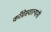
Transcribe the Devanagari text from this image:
काँग्रेसवाल्यांनी